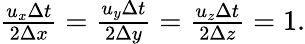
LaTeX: \begin{array}{r}{\frac{u_{x}\Delta t}{2\Delta x}=\frac{u_{y}\Delta t}{2\Delta y}=\frac{u_{z}\Delta t}{2\Delta z}=1.}\end{array}